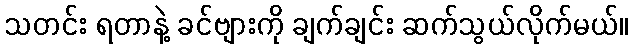
သတင်း ရတာနဲ့ ခင်ဗျားကို ချက်ချင်း ဆက်သွယ်လိုက်မယ်။